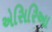
એસિરિઆ